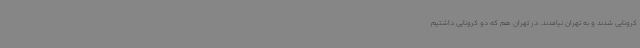
کرونایی شدند و به تهران نیامدند. در تهران هم که دو کرونایی داشتیم